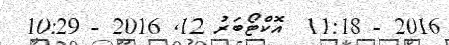
2016 - 11:18  އޮކްޓޯބަރު 12